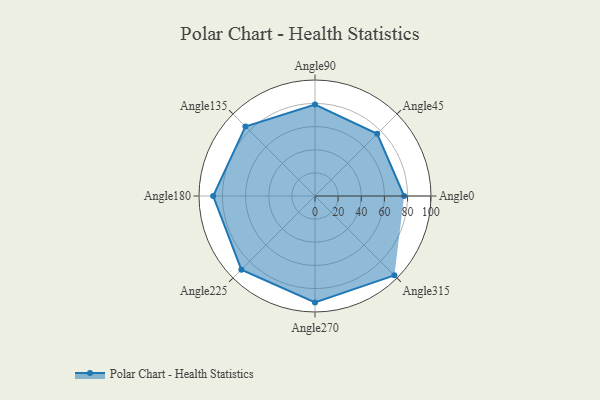
{"axis": {"x": "Angle", "y": "Radius"}, "legend": [""], "data": [{"x": "Angle0", "y": 77.0, "type": ""}, {"x": "Angle45", "y": 76.0, "type": ""}, {"x": "Angle90", "y": 79.0, "type": ""}, {"x": "Angle135", "y": 85.0, "type": ""}, {"x": "Angle180", "y": 88.0, "type": ""}, {"x": "Angle225", "y": 90.0, "type": ""}, {"x": "Angle270", "y": 92.0, "type": ""}, {"x": "Angle315", "y": 97.0, "type": ""}]}